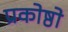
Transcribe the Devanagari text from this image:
प्रकोष्ठो